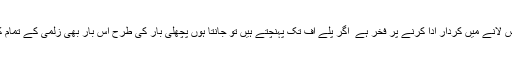
انہوں نے کہا کہ پاکستان میں کرکٹ واپس لانے میں کردار ادا کرنے پر فخر ہے ٗ اگر پلے آف تک پہنچتے ہیں تو جانتا ہوں پچھلی بار کی طرح اس بار بھی زلمی کے تمام کھلاڑی فائنل کھیلنے پاکستان جائیں گے۔